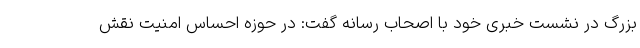
بزرگ در نشست خبری خود با اصحاب رسانه گفت: در حوزه احساس امنیت نقش